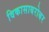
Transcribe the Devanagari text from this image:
विकासाबरोबर